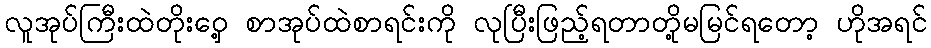
လူအုပ်ကြီးထဲတိုးဝှေ့ စာအုပ်ထဲစာရင်းကို လုပြီးဖြည့်ရတာတို့မမြင်ရတော့ ဟိုအရင်